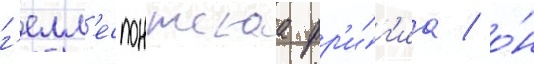
г'елл'еспонтскаа фр'и́г'иа / о́н